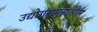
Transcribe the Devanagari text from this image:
उद्योगसमुहातील